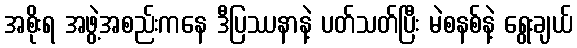
အစိုးရ အဖွဲ့အစည်းကနေ ဒီပြဿနာနဲ့ ပတ်သတ်ပြီး မဲစနစ်နဲ့ ရွေးချယ်